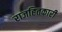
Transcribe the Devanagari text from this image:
राजहितकारी